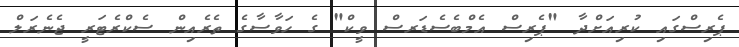
ޕެރިސްގައި ކުރިއަށްދާ "ޕެރިސް އެމްބެސެޑަރސް ވީކް" ގެ ހަވާސާގެ ތެރެއިން ސެކްރެޓަރީ ޖެނެރަލް